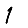
Digit: 1